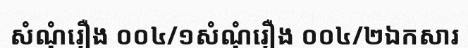
សំណុំរឿង ០០៤/១សំណុំរឿង ០០៤/២ឯកសារ